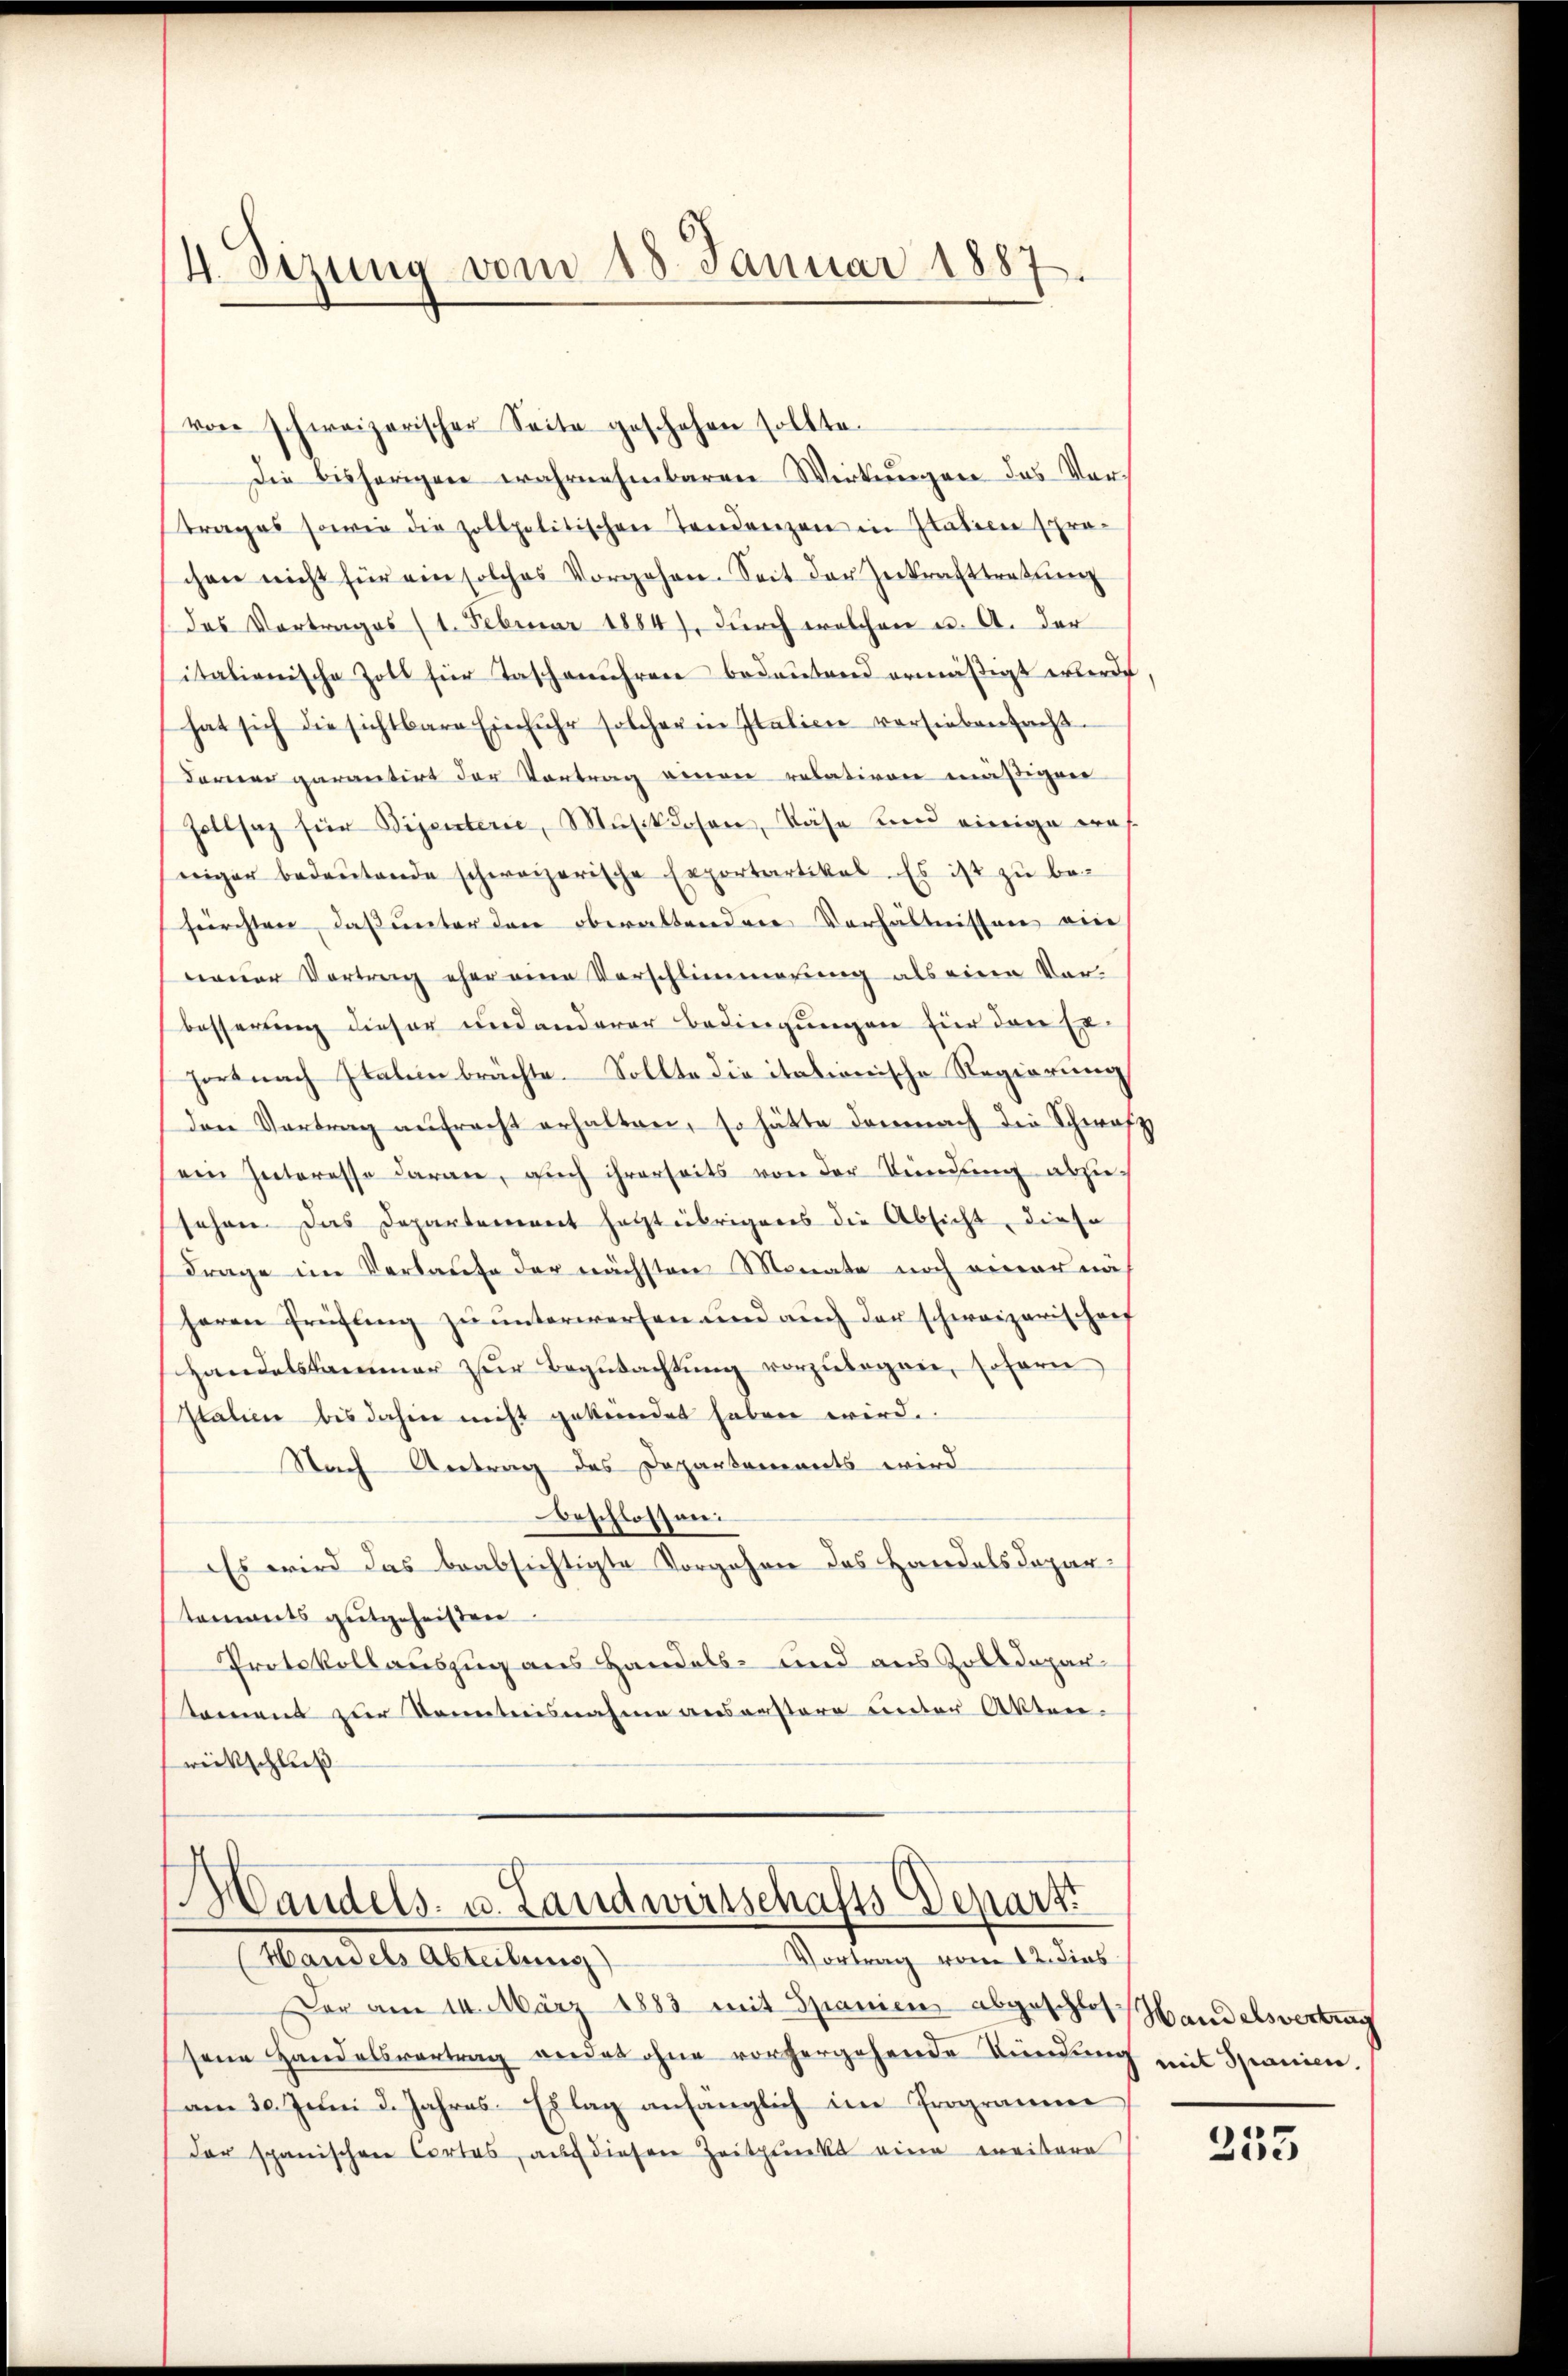
4. Sizung vom 18. Januar 1887.

von schweizerischer Seite geschehen sollte.
Die bisherigen wahrnehmbaren Wirkungen das Ver-
trages sowie die zollpolitischen Tendenzen in Italien sprachen nicht für ein solches Vorgehen. Seit der Zerkrafttretŭng
(das Vortrages (1. Februar 1884), dŭrch welchen u. A. der
italienische Zoll für Taschenuhren bedeutend ermäßigt werde,
hat sich die sichtbare Einfuhr solcher in Italien versiebenfacht
deren garantirt der Vortrag einen relativen mäßigen
Zollsaz für Bijenterie, Musiklosen, Käse und einige Bes
niger bedeŭtende schweizerische Exportartikal. Es ist zu befürchten, daß unter den obwaltenden Verhältnissen ein
neuer Vortrag eher eine Vorschlimmerung als eine Vorbesserung dieser und anderer Bedingungen für den Erhort nach Italeinbrächte. Sollte die itationische Regierung
den Vertrag aŭfracht erhalten, so hätte demnach die Schwafz
ein Interesso daran, auch ihrerseits von der Kündung abzusehen. Das Departement hetzt übrigens die Absicht, diese
Frage im Verlaufe der nächsten Monate noch einer nä
herrn Prüfling zu unterwerfen und auch der schweizerischenf
Handelskammer zur Begutachtung vorzulegen, sofern
Italien bis dahin nicht gekündet haben wird.
Nach Antrag des Departements wird
beschlossen:
Es wird das beabsichtigte Vorgehen das Handelsdepartements gutgeheißen
Protokollauszug aus Handels- und aus Zolldepartament zur Kenntnisnahme auserstere unter Akten.
rickschluß

Handels- u. Landwirtschafts Depart
Vortrag vom 12. dies
Handels Abteilung

Der am 14. März 1883 mit Spanien abgeschlos Handelsvertrag
sene Handelsvertrag werdet ohne vorhergehende Kündung mit Spanien,
am 30. Juni d. Jahres Erlag anfänglich im Programme
der spanischen Cortas, auch diesen Zeitpunkt eine weitere

233